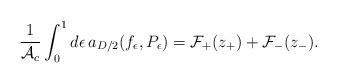
LaTeX: \begin{align*}{1\over {\cal A}_c}\int_0^1 d\epsilon\, a_{D/2}(f_{\epsilon},P_{\epsilon}) ={\cal F}_+(z_+) +{\cal F}_- (z_-).\end{align*}